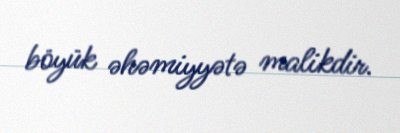
böyük əhəmiyyətə malikdir.